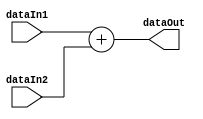
module adder(dataIn1, dataIn2, dataOut);
input [31:0] dataIn1;
input [31:0] dataIn2;
output reg [31:0] dataOut;
always @ (dataIn1, dataIn2) 
	begin
		dataOut = dataIn1 + dataIn2;
   end
endmodule